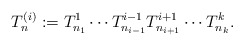
\begin{align*}T_{n}^{(i)}: = T_{n_1}^{1} \cdots T_{n_{i-1}}^{i-1} T_{n_{i+1}}^{i+1} \cdots T_{n_k}^{k}.\end{align*}